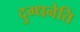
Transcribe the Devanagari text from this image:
दुग्धनेति